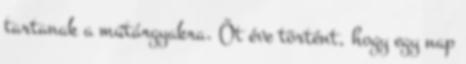
tartanak a műtárgyakra. Öt éve történt, hogy egy nap